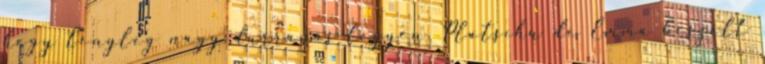
hogy tényleg nagy durranás legyen. Platschu de Emma beszélt